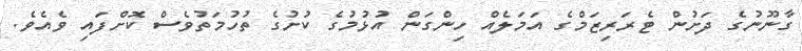
ގާނޫނުގެ ދަށުން ޓެރަރިޒަމްގެ އަމަލެއް ހިންގަން އުޅުމުގެ ކުށުގެ ތުހުމަތުވެސް ކޮށްފައި ވެއެވެ.